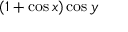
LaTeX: ( 1 + \cos x ) \cos y